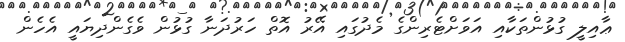
ޢާއިލީ ގުޅުންތަކާއި އަވަށްޓެރިންގެ މެދުގައި އޭރު އޮތް ހަރުދަނާ ގުޅުން ވެގެންދިޔައީ އެހެން